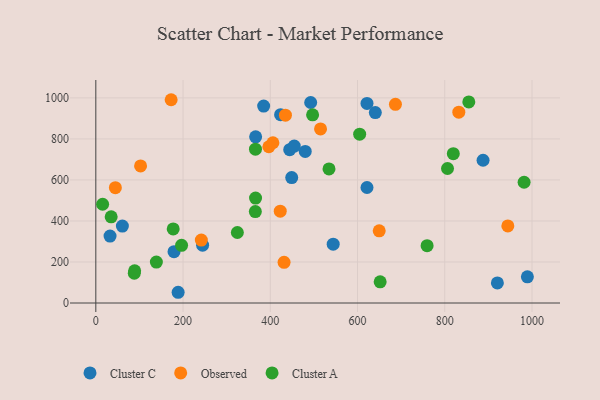
{"axis": {"x": "Distance", "y": "Yield"}, "legend": ["Cluster A", "Cluster C", "Observed"], "data": [{"x": "621.7", "y": 973.2, "type": "Cluster C"}, {"x": "989.4", "y": 127.5, "type": "Cluster C"}, {"x": "492.6", "y": 977.7, "type": "Cluster C"}, {"x": "480.1", "y": 739.2, "type": "Cluster C"}, {"x": "444.5", "y": 747.4, "type": "Cluster C"}, {"x": "423.6", "y": 918.5, "type": "Cluster C"}, {"x": "366.4", "y": 810.5, "type": "Cluster C"}, {"x": "454.9", "y": 765.1, "type": "Cluster C"}, {"x": "384.8", "y": 960.0, "type": "Cluster C"}, {"x": "640.8", "y": 928.7, "type": "Cluster C"}, {"x": "179.3", "y": 250.4, "type": "Cluster C"}, {"x": "621.7", "y": 563.2, "type": "Cluster C"}, {"x": "887.8", "y": 696.1, "type": "Cluster C"}, {"x": "449.1", "y": 611.7, "type": "Cluster C"}, {"x": "188.7", "y": 52.3, "type": "Cluster C"}, {"x": "32.6", "y": 326.5, "type": "Cluster C"}, {"x": "920.6", "y": 97.9, "type": "Cluster C"}, {"x": "244.8", "y": 282.2, "type": "Cluster C"}, {"x": "60.9", "y": 375.1, "type": "Cluster C"}, {"x": "544.2", "y": 286.8, "type": "Cluster C"}, {"x": "944.6", "y": 376.0, "type": "Observed"}, {"x": "396.7", "y": 761.9, "type": "Observed"}, {"x": "44.8", "y": 562.2, "type": "Observed"}, {"x": "649.7", "y": 351.8, "type": "Observed"}, {"x": "422.8", "y": 447.8, "type": "Observed"}, {"x": "832.2", "y": 930.6, "type": "Observed"}, {"x": "102.6", "y": 668.3, "type": "Observed"}, {"x": "406.0", "y": 781.4, "type": "Observed"}, {"x": "434.7", "y": 915.7, "type": "Observed"}, {"x": "686.9", "y": 968.6, "type": "Observed"}, {"x": "241.9", "y": 306.9, "type": "Observed"}, {"x": "172.7", "y": 991.2, "type": "Observed"}, {"x": "515.2", "y": 848.8, "type": "Observed"}, {"x": "431.6", "y": 198.3, "type": "Observed"}, {"x": "35.2", "y": 420.1, "type": "Cluster A"}, {"x": "759.5", "y": 279.3, "type": "Cluster A"}, {"x": "365.7", "y": 445.8, "type": "Cluster A"}, {"x": "819.6", "y": 728.2, "type": "Cluster A"}, {"x": "497.0", "y": 917.5, "type": "Cluster A"}, {"x": "15.6", "y": 481.4, "type": "Cluster A"}, {"x": "88.2", "y": 145.0, "type": "Cluster A"}, {"x": "855.1", "y": 980.7, "type": "Cluster A"}, {"x": "324.5", "y": 343.8, "type": "Cluster A"}, {"x": "138.8", "y": 199.8, "type": "Cluster A"}, {"x": "806.3", "y": 655.8, "type": "Cluster A"}, {"x": "196.6", "y": 281.2, "type": "Cluster A"}, {"x": "651.9", "y": 103.3, "type": "Cluster A"}, {"x": "534.6", "y": 653.6, "type": "Cluster A"}, {"x": "366.0", "y": 749.9, "type": "Cluster A"}, {"x": "89.0", "y": 157.0, "type": "Cluster A"}, {"x": "981.9", "y": 588.7, "type": "Cluster A"}, {"x": "177.4", "y": 361.3, "type": "Cluster A"}, {"x": "604.9", "y": 823.4, "type": "Cluster A"}, {"x": "366.2", "y": 511.6, "type": "Cluster A"}]}